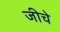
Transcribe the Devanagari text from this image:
जीचे